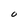
Character: O